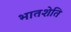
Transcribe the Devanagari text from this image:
भातशेति